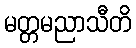
မတ္တမညာသီတိ